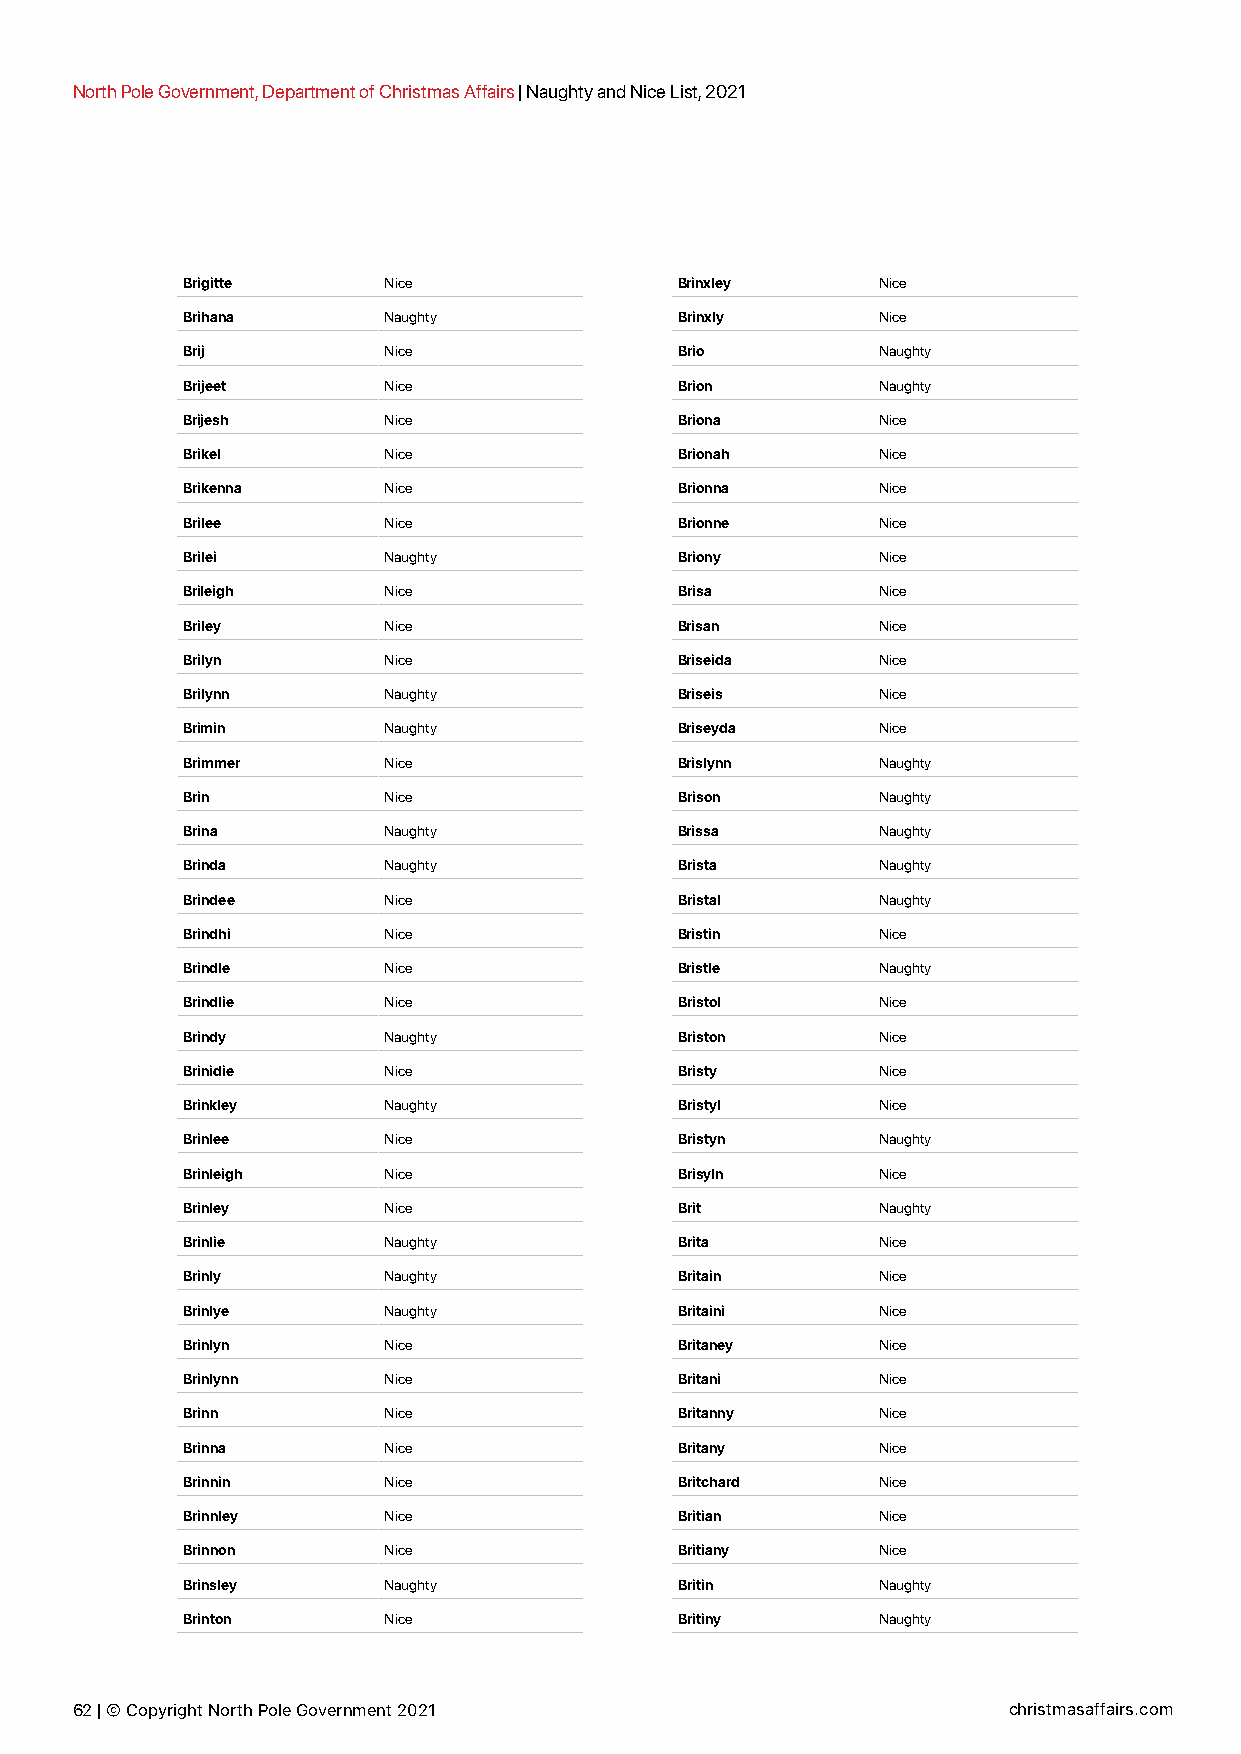
North Pole Government, Department of Christmas Affairs | Naughty and Nice List, 2021
 Brigitte     Nice                Brinxley     Nice
 Brihana      Naughty             Brinxly      Nice
 Brij         Nice                Brio         Naughty
 Brijeet      Nice                Brion        Naughty
 Brijesh      Nice                Briona       Nice
 Brikel       Nice                Brionah      Nice
 Brikenna     Nice                Brionna      Nice
 Brilee       Nice                Brionne      Nice
 Brilei       Naughty             Briony       Nice
 Brileigh     Nice                Brisa        Nice
 Briley       Nice                Brisan       Nice
 Brilyn       Nice                Briseida     Nice
 Brilynn      Naughty             Briseis      Nice
 Brimin       Naughty             Briseyda     Nice
 Brimmer      Nice                Brislynn     Naughty
 Brin         Nice                Brison       Naughty
 Brina        Naughty             Brissa       Naughty
 Brinda       Naughty             Brista       Naughty
 Brindee      Nice                Bristal      Naughty
 Brindhi      Nice                Bristin      Nice
 Brindle      Nice                Bristle      Naughty
 Brindlie     Nice                Bristol      Nice
 Brindy       Naughty             Briston      Nice
 Brinidie     Nice                Bristy       Nice
 Brinkley     Naughty             Bristyl      Nice
 Brinlee      Nice                Bristyn      Naughty
 Brinleigh    Nice                Brisyln      Nice
 Brinley      Nice                Brit         Naughty
 Brinlie      Naughty             Brita        Nice
 Brinly       Naughty             Britain      Nice
 Brinlye      Naughty             Britaini     Nice
 Brinlyn      Nice                Britaney     Nice
 Brinlynn     Nice                Britani      Nice
 Brinn        Nice                Britanny     Nice
 Brinna       Nice                Britany      Nice
 Brinnin      Nice                Britchard    Nice
 Brinnley     Nice                Britian      Nice
 Brinnon      Nice                Britiany     Nice
 Brinsley     Naughty             Britin       Naughty
 Brinton      Nice                Britiny      Naughty
 62 | © Copyright North Pole Government 2021                   christmasaffairs.com